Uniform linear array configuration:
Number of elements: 24
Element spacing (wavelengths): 1
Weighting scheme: kaiser
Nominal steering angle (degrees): -15
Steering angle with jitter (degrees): -16.84
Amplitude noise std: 0.05
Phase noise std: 0.05

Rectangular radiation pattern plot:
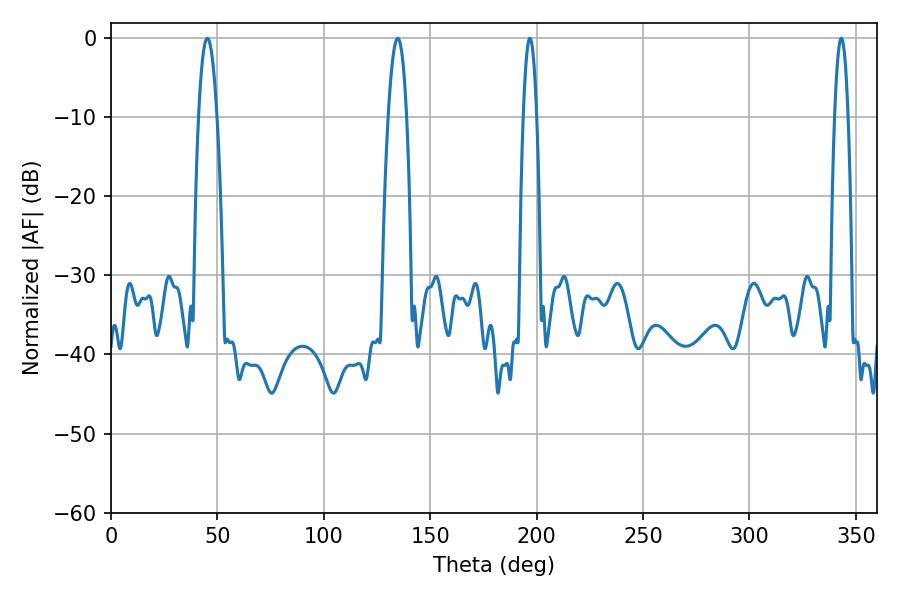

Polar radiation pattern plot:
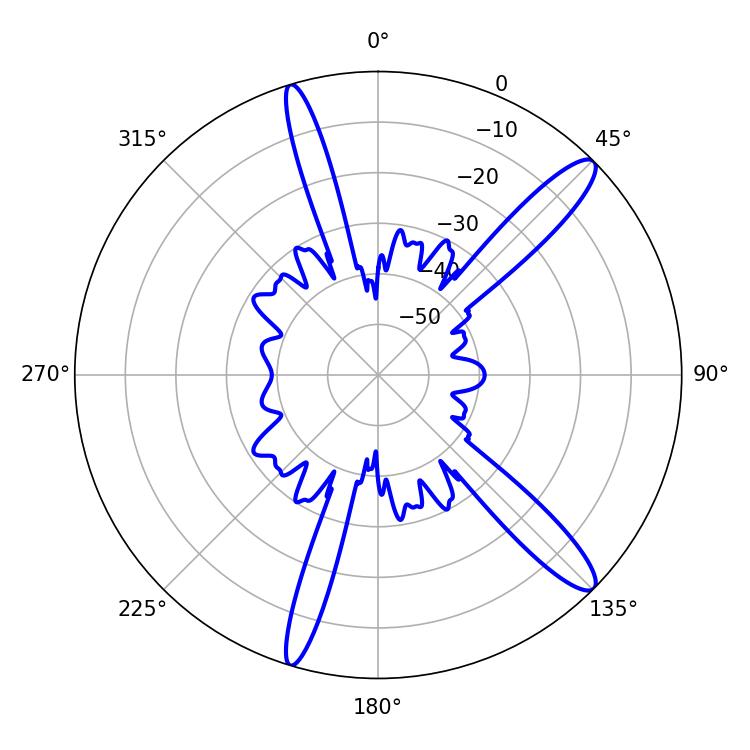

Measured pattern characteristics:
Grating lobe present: TRUE
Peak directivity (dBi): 13.482
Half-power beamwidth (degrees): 4.68
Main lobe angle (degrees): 45.18